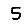
Digit: 5